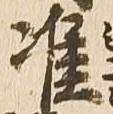
准